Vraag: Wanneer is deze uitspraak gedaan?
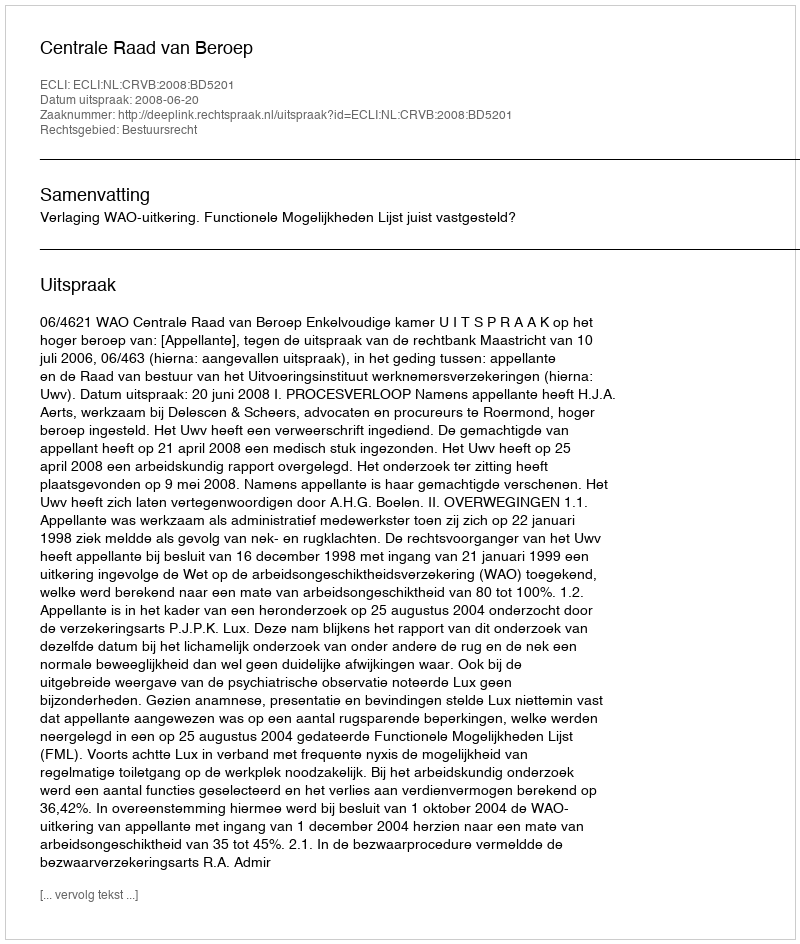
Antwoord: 2008-06-20